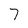
Character: 7